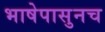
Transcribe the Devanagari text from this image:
भाषेपासुनच